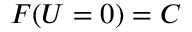
F ( U = 0 ) = C